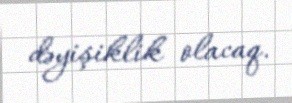
dəyişiklik olacaq.